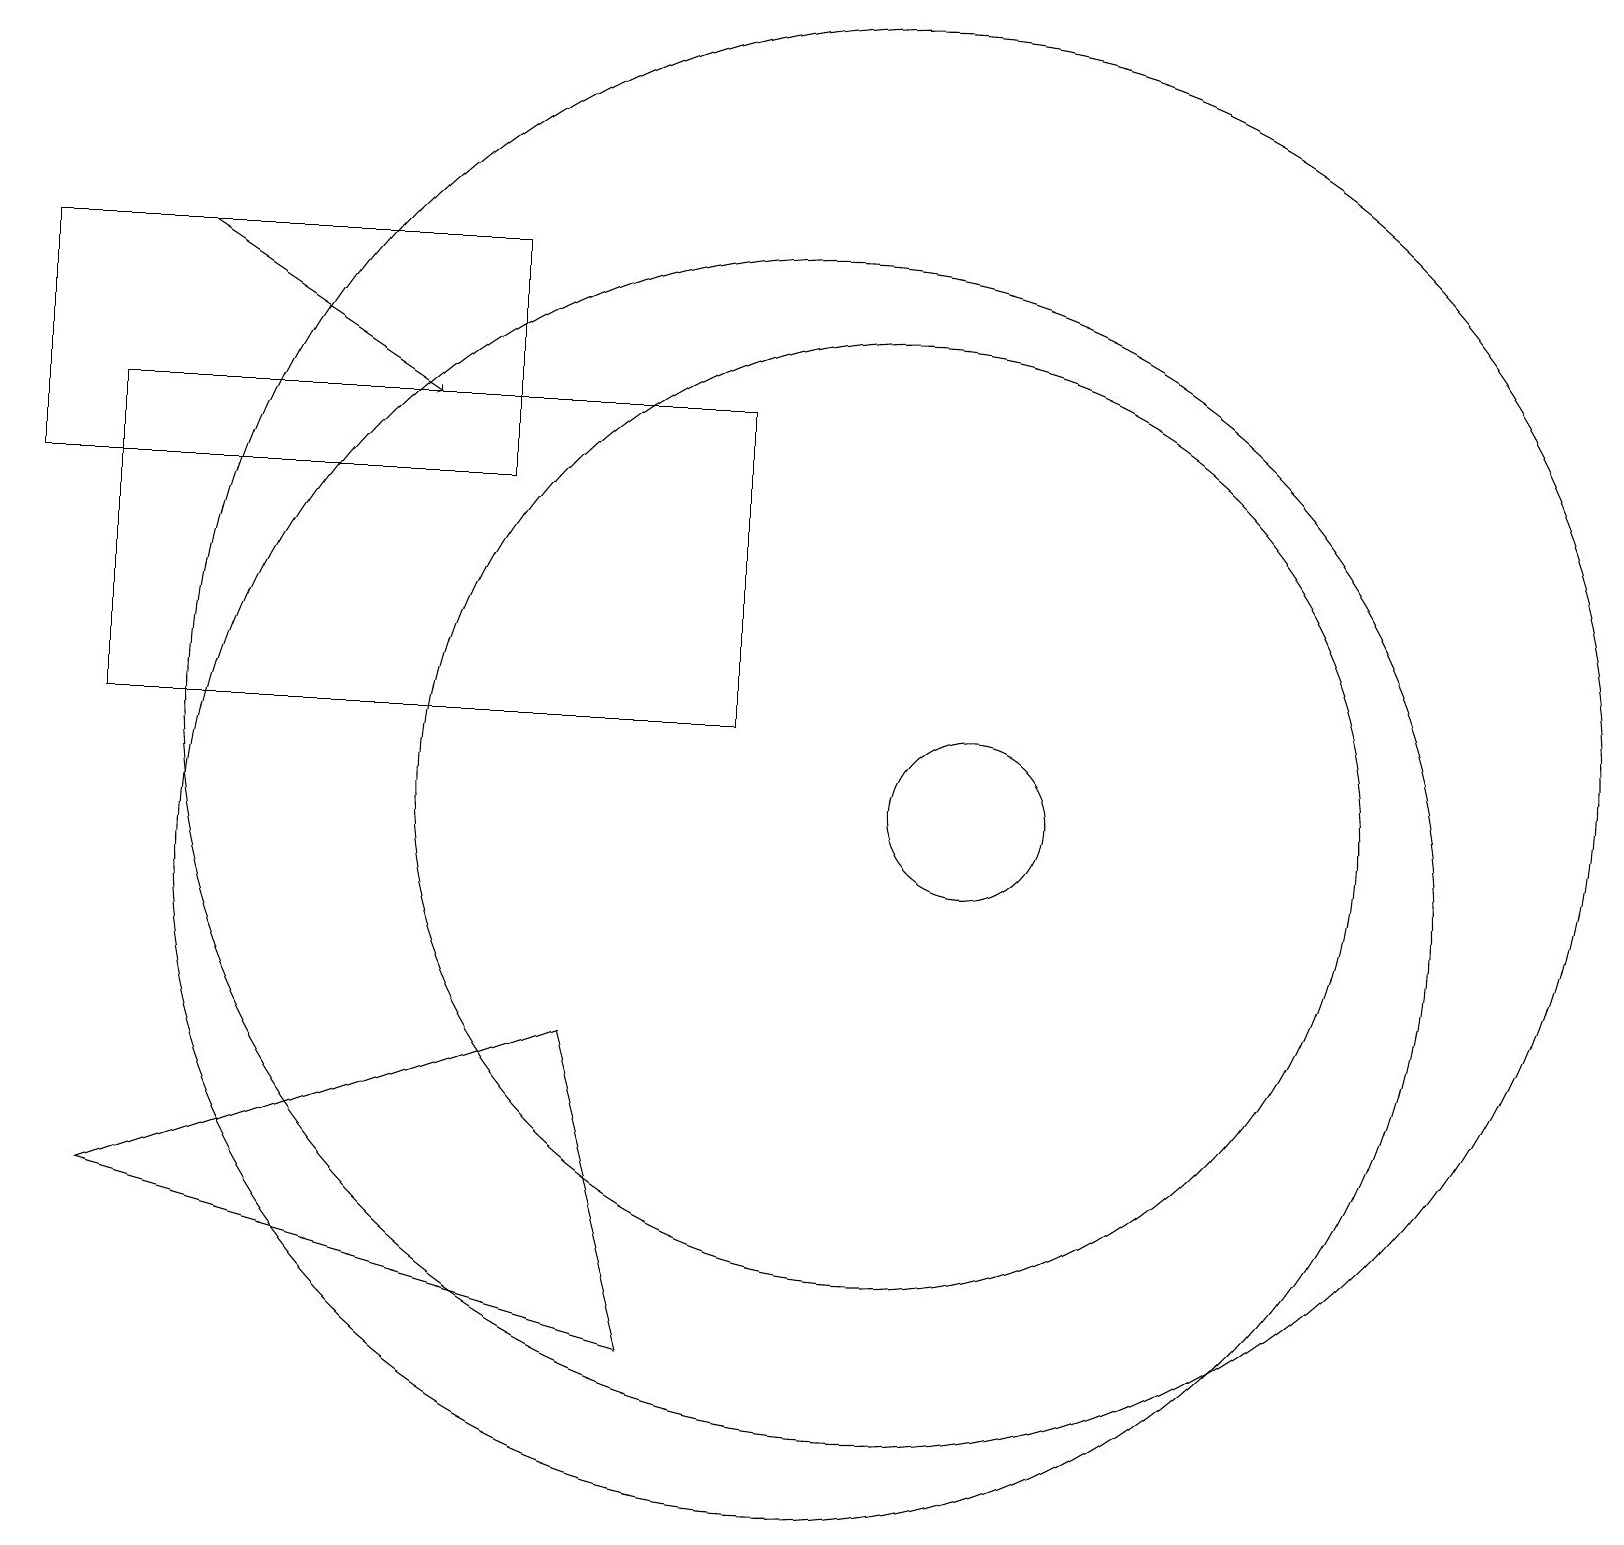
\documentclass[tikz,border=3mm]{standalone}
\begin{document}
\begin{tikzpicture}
\draw (11,12) circle (9);
\draw (1,6) -- (8,4) -- (7,8) -- cycle;
\draw (1,12) rectangle (9,16);
\draw (11,11) circle (6);
\draw (0,18) rectangle (6,15);
\draw (10,10) circle (8);
\draw[->] (2,18) -- (5,16);
\draw (12,11) circle (1);
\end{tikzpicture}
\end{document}